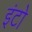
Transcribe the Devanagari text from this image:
इंटो